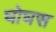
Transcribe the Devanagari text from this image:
घोघस